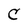
Character: C